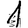
Digit: 1